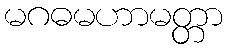
မဂဓမဟာမတ္တာ